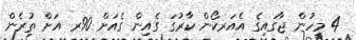
4 މީހުން ޖާގައިގެ އެއަރކޯން ކާރުގަ ގެއިން ގެއަށް 90ރ އަށް ތުރެން